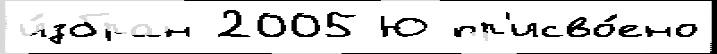
и́збран 2005 Ю пр'исво́ено